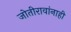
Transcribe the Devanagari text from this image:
जोतीरावांनाही